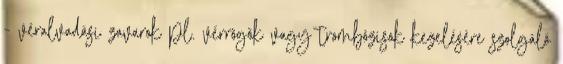
- véralvadási zavarok pl. vérrögök vagy trombózisok kezelésére szolgáló